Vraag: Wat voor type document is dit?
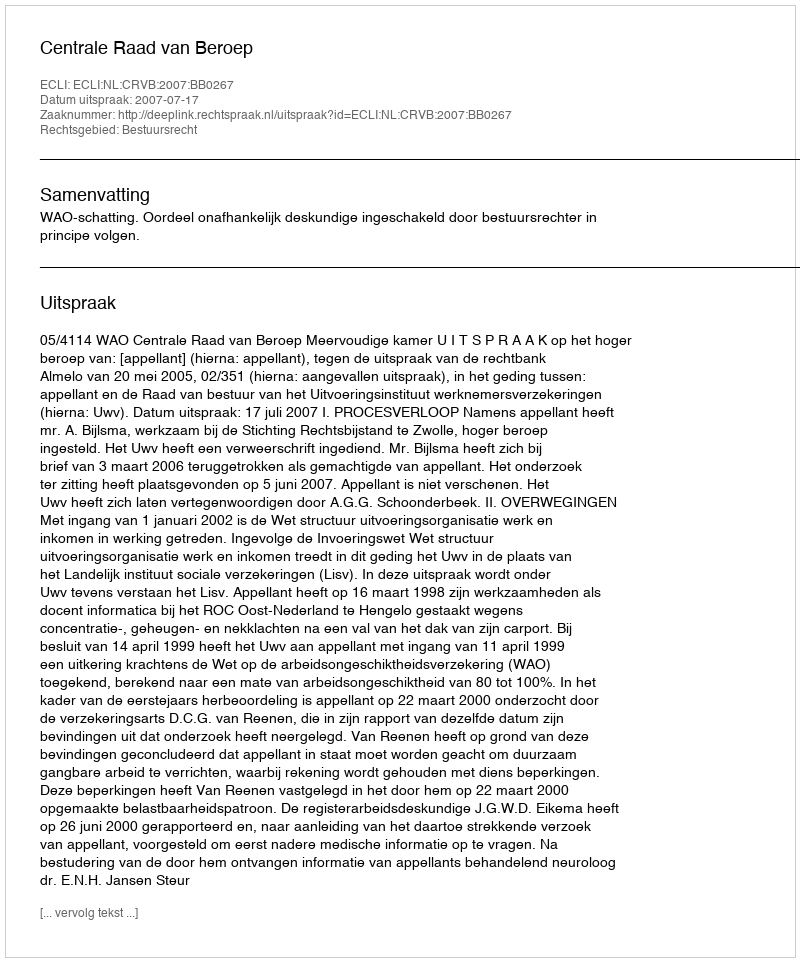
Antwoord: Uitspraak